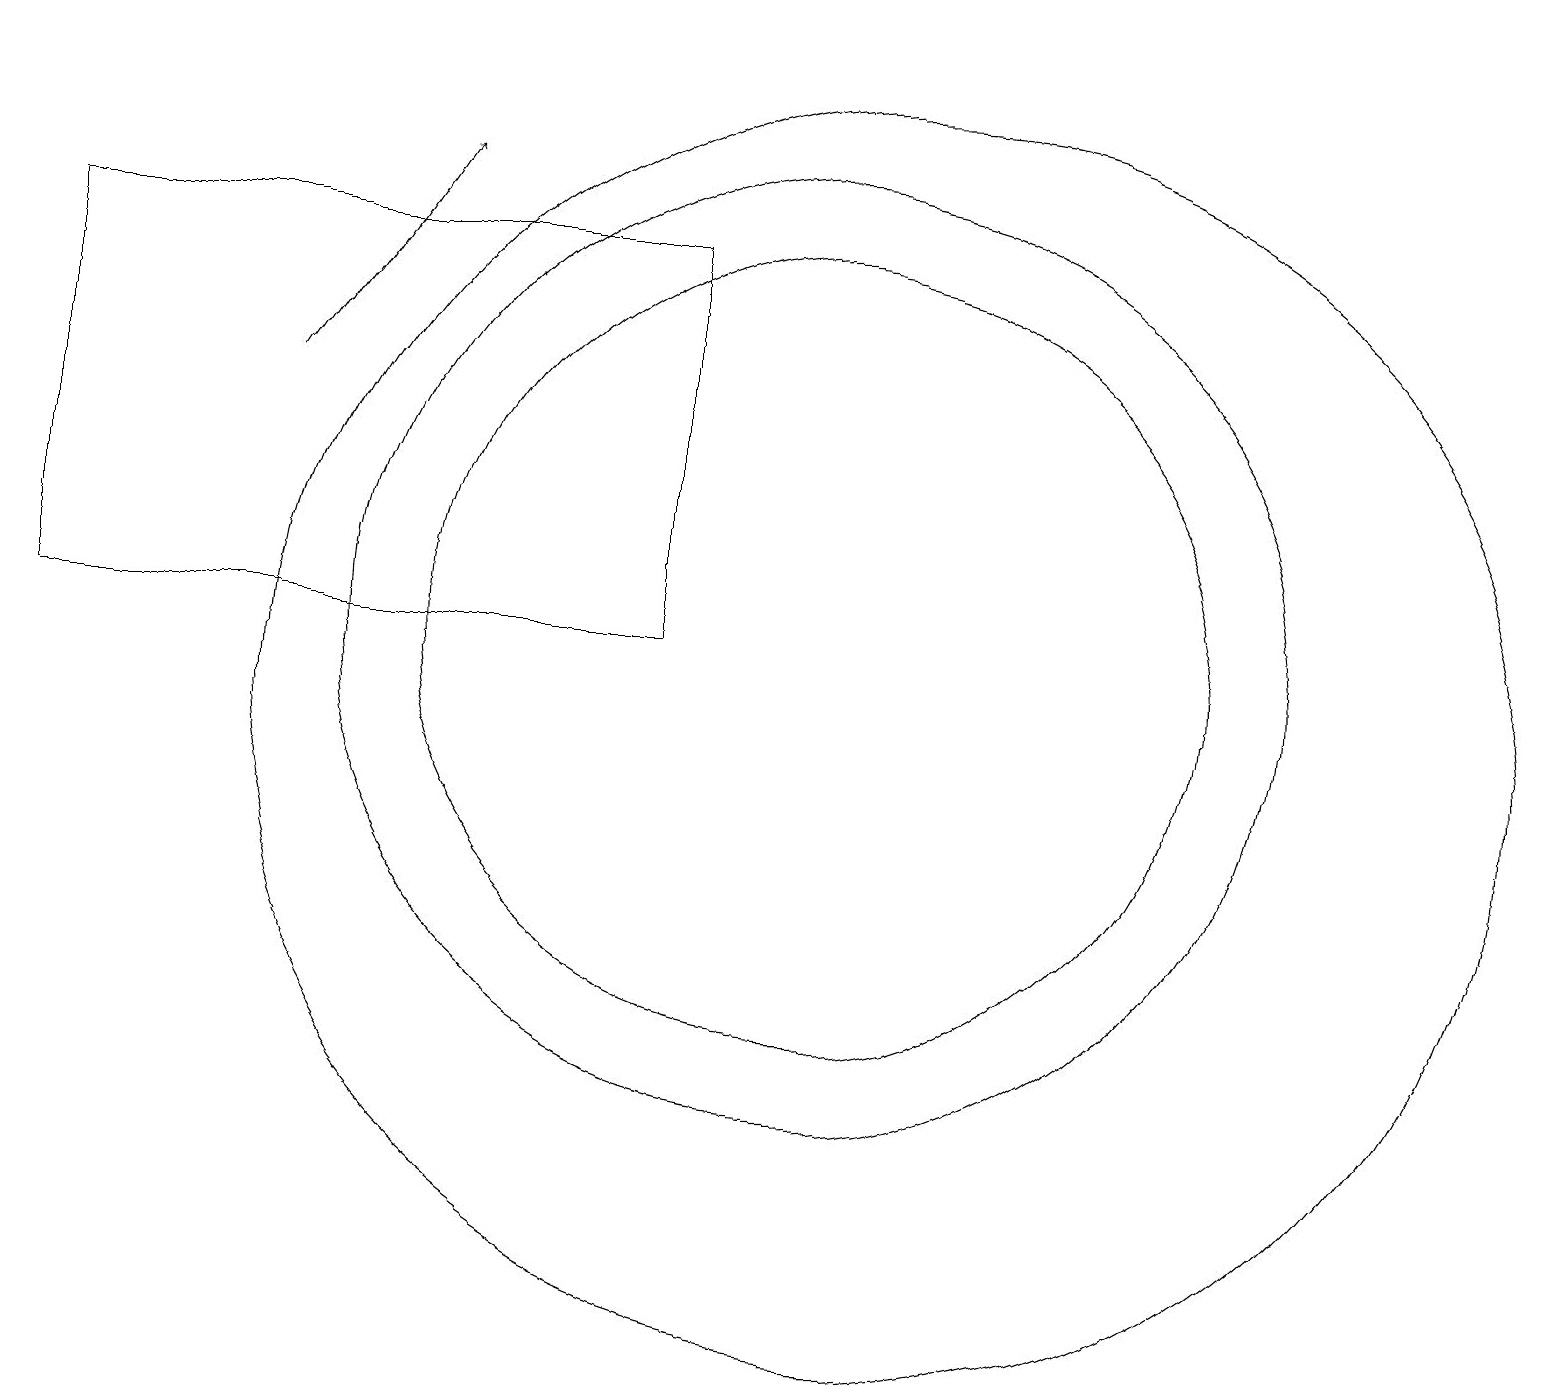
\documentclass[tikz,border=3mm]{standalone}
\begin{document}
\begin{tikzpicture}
\draw (8,11) rectangle (0,16);
\draw (11,10) circle (8);
\draw[->] (3,14) -- (5,17);
\draw (10,11) circle (6);
\draw (10,11) circle (5);
\draw (1,19) rectangle (2,19);
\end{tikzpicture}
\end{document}